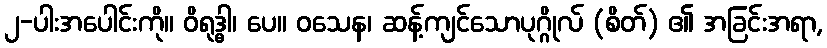
၂-ပါးအပေါင်းကို။ ဝိရုဒ္ဓါ၊ ပေ။ ဝသေန၊ ဆန့်ကျင်သောပုဂ္ဂိုလ် (စိတ်) ၏ အခြင်းအရာ,